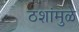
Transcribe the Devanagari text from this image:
ठशांमुळे